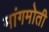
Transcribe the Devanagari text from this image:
मांगमोती